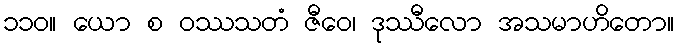
၁၁၀။ ယော စ ဝဿသတံ ဇီဝေ၊ ဒုဿီလော အသမာဟိတော။